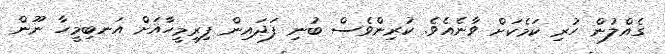
ގެއްލުން ހުރި ކަމެކަށް ވާނެއެވެ. ކުރިންވެސް ބުނި ފަދައިން ފިރިމީހާއަށް އަނބިމީހާ ނޫން